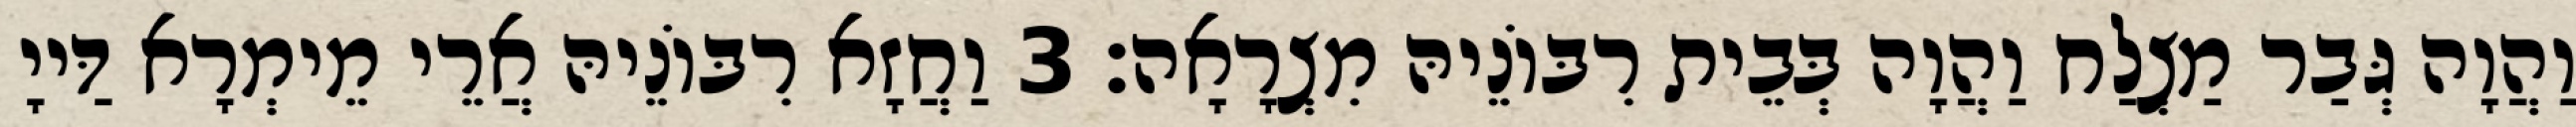
וַהֲוָה גְּבַר מַצְלַח וַהֲוָה בְּבֵית רִבּוֹנֵיהּ מִצְרָאָה׃ 3 וַחֲזָא רִבּוֹנֵיהּ אֲרֵי מֵימְרָא דַּייָ